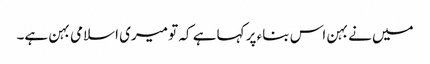
میں نے بہن اس بناء پر کہا ہے کہ تو میری اسلامی بہن ہے۔